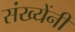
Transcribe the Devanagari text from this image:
संख्येंनी